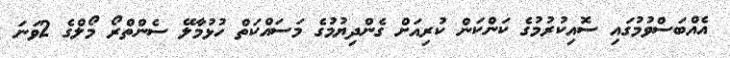
އެއްބަސްވުމުގައި ސޮއިކުރުމުގެ ކަންކަން ކުރިއަށް ގެންދިޔުމުގެ މަސައްކަތް ހުޅުމާލޭ ސެންތްރޯ މޯލްގެ 2ވަނަ